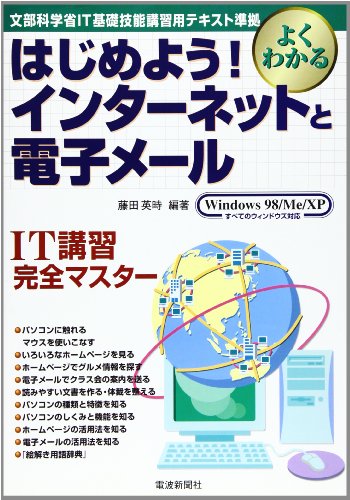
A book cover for Education, Culture, Sports, Science and IT basic skills training for text compliant - Internet and E-mail Let's start! (2002) ISBN: 4885547121 [Japanese Import]; Sports & Outdoors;